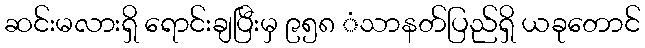
ဆင်းမလားရှိ ရောင်းချပြီးမှ ၉၅၈ ံသာနတ်ပြည်ရှိ ယခုတောင်